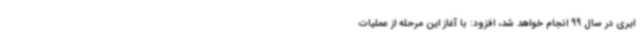
ایری در سال 99 انجام خواهد شد، افزود: با آغاز این مرحله از عملیات